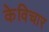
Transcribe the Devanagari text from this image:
केविचार